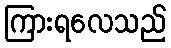
ကြားရလေသည်